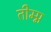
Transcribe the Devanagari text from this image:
तीम्प्न